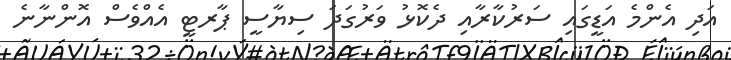
އަދި އެންމެ އަޑީގައި ސަރުކާރާއި ދެކޮޅު ވަރުގަދަ ސިޔާސީ ޕާރޓީ އެއްވެސް އޮންނާނެ